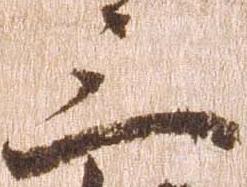
三